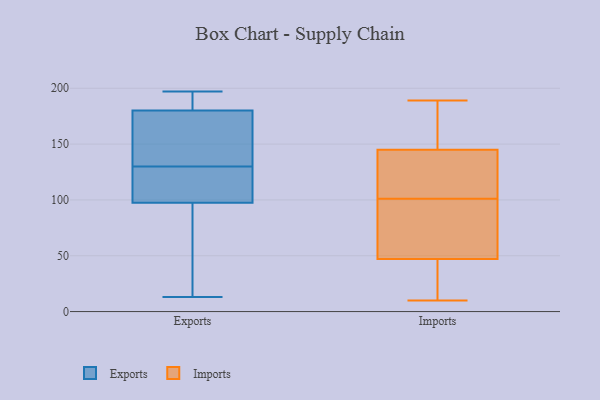
{"axis": {"x": "Website Visitors", "y": "Value"}, "legend": ["Exports", "Imports"], "data": [{"x": "", "y": 179, "type": "Exports"}, {"x": "", "y": 197, "type": "Exports"}, {"x": "", "y": 13, "type": "Exports"}, {"x": "", "y": 107, "type": "Exports"}, {"x": "", "y": 152, "type": "Exports"}, {"x": "", "y": 75, "type": "Exports"}, {"x": "", "y": 42, "type": "Exports"}, {"x": "", "y": 142, "type": "Exports"}, {"x": "", "y": 118, "type": "Exports"}, {"x": "", "y": 181, "type": "Exports"}, {"x": "", "y": 64, "type": "Exports"}, {"x": "", "y": 158, "type": "Exports"}, {"x": "", "y": 109, "type": "Exports"}, {"x": "", "y": 191, "type": "Exports"}, {"x": "", "y": 186, "type": "Exports"}, {"x": "", "y": 116, "type": "Exports"}, {"x": "", "y": 159, "type": "Exports"}, {"x": "", "y": 111, "type": "Exports"}, {"x": "", "y": 185, "type": "Exports"}, {"x": "", "y": 88, "type": "Exports"}, {"x": "", "y": 47, "type": "Imports"}, {"x": "", "y": 144, "type": "Imports"}, {"x": "", "y": 48, "type": "Imports"}, {"x": "", "y": 173, "type": "Imports"}, {"x": "", "y": 34, "type": "Imports"}, {"x": "", "y": 38, "type": "Imports"}, {"x": "", "y": 165, "type": "Imports"}, {"x": "", "y": 69, "type": "Imports"}, {"x": "", "y": 10, "type": "Imports"}, {"x": "", "y": 101, "type": "Imports"}, {"x": "", "y": 188, "type": "Imports"}, {"x": "", "y": 11, "type": "Imports"}, {"x": "", "y": 72, "type": "Imports"}, {"x": "", "y": 145, "type": "Imports"}, {"x": "", "y": 189, "type": "Imports"}, {"x": "", "y": 140, "type": "Imports"}, {"x": "", "y": 114, "type": "Imports"}, {"x": "", "y": 101, "type": "Imports"}]}